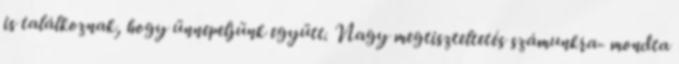
is találkoznak, hogy ünnepeljünk együtt. Nagy megtiszteltetés számunkra- mondta